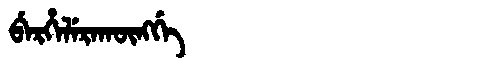
Manchu: ᠪᡝᡵᡥᡝᠯᡝᡵᠠᡴᡡᠩᡤᡝ
Romanization: BERHELERAKŪNGGE